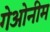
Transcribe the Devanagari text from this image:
गेओनीम